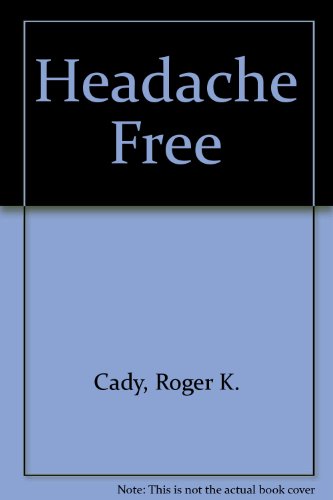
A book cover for Headache Free; Roger K. Cady; Health, Fitness & Dieting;